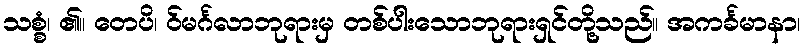
သစ္စံ၊ ၏။ တေပိ၊ ဝ်မင်္ဂလာဘုရားမှ တစ်ပါးသောဘုရားရှင်တို့သည်။ အကင်္ခမာနာ၊